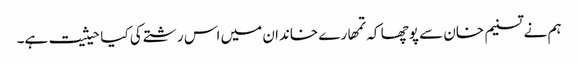
ہم نے تسنیم خان سے پوچھا کہ تمھارے خاندان میں اس رشتے کی کیا حیثیت ہے۔